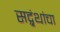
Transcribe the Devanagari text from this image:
सद्ग्रंथांचा